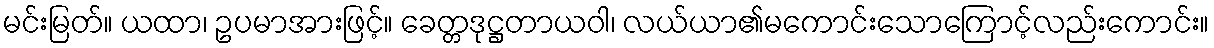
မင်းမြတ်။ ယထာ၊ ဥပမာအားဖြင့်။ ခေတ္တဒုဋ္ဌတာယဝါ၊ လယ်ယာ၏မကောင်းသောကြောင့်လည်းကောင်း။